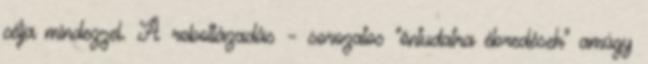
célja mindezzel. A robotlázadás – sorozatos “öntudatra ébredések” amúgy